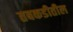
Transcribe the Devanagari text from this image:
तबकडीतील